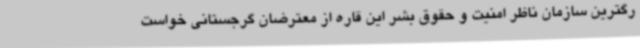
رگترین سازمان ناظر امنیت و حقوق بشر این قاره از معترضان گرجستانی خواست